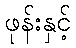
ဖုန်းနှင့်